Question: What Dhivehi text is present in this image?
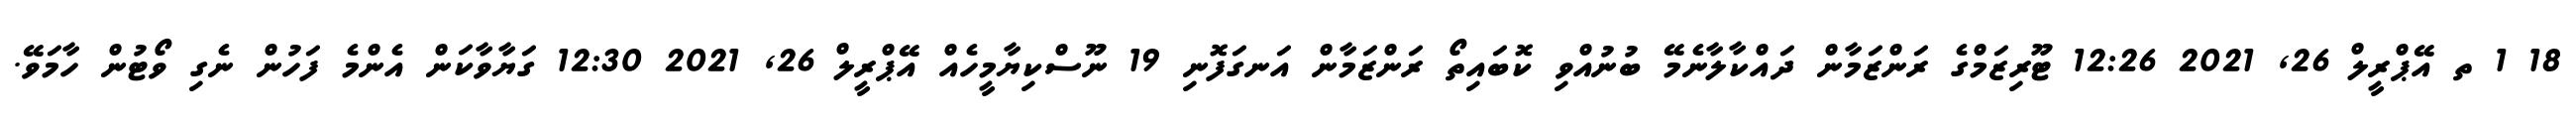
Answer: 18 1 ތ އޭޕްރީލް 26, 2021 12:26 ޓޫރިޒަމްގެ ރަންޒަމާން ދައްކާލާނެމޭ ބުނުއްވި ކޮބައިތޯ ރަންޒަމާން އަނގަފޮނި 19 ނޫސްކިޔާމީހެއް އޭޕްރީލް 26, 2021 12:30 ގަޔާވާކަން އެންމެ ފަހުން ނެގި ވޯޓުން ހާމަވޭ.